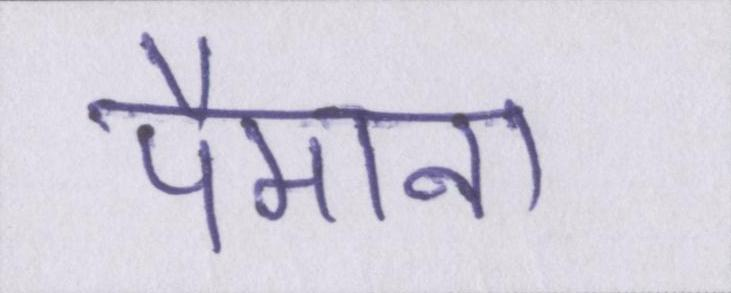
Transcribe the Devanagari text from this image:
पैमाना